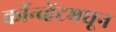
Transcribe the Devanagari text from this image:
कॉन्व्हेंटमधून